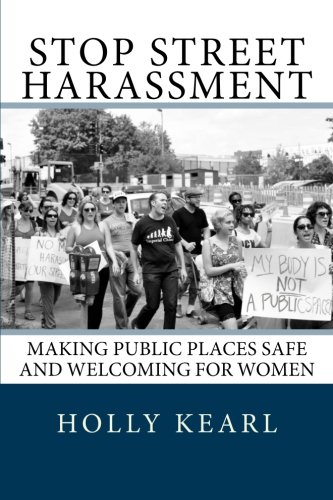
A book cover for Stop Street Harassment: Making Public Places Safe and Welcoming for Women; Holly Kearl; Law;